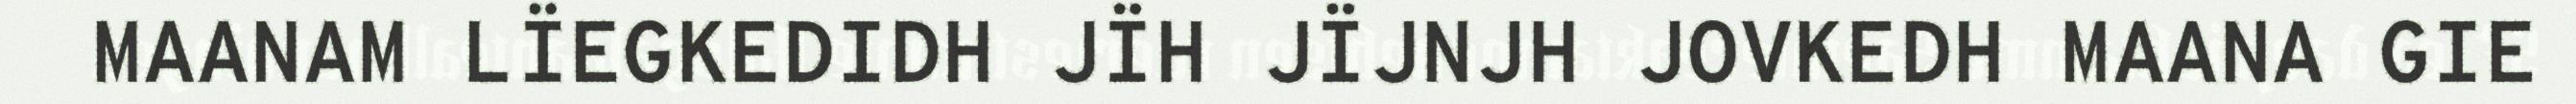
MAANAM LÏEGKEDIDH JÏH JÏJNJH JOVKEDH MAANA GIE